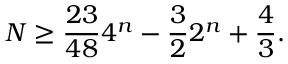
N \ge \frac { 2 3 } { 4 8 } 4 ^ { n } - \frac { 3 } { 2 } 2 ^ { n } + \frac { 4 } { 3 } .